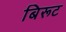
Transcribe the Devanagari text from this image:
बिरूट